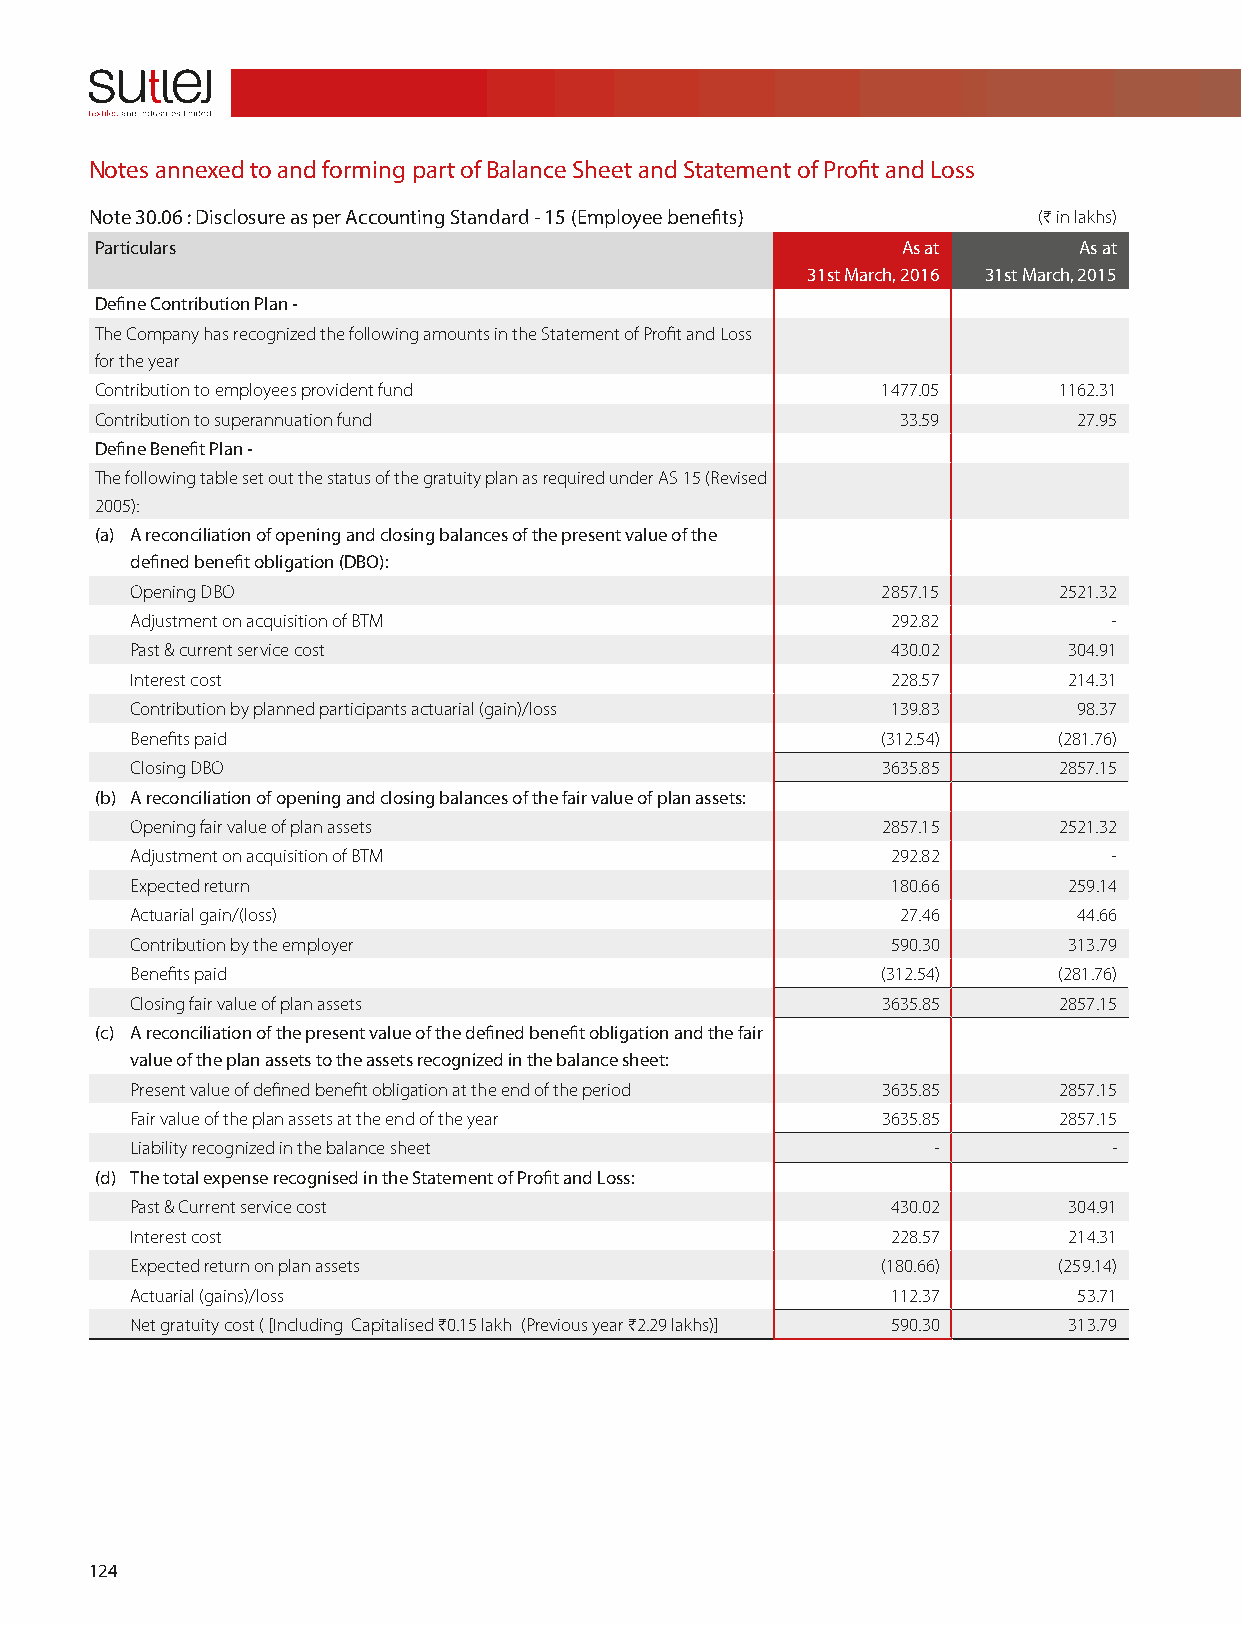
Notes annexed to and forming part of Balance Sheet and Statement of Profit and Loss
 Note 30.06 : Disclosure as per Accounting Standard - 15 (Employee benefits) (H in lakhs)
 Particulars                                           As at      As at
 31st March, 2016 31st March, 2015
 Define Contribution Plan -
 The Company has recognized the following amounts in the Statement of Profit and Loss
 for the year
 Contribution to employees provident fund            1477.05     1162.31
 Contribution to superannuation fund                   33.59      27.95
 Define Benefit Plan -
 The following table set out the status of the gratuity plan as required under AS 15 (Revised
 2005):
 (a) A reconciliation of opening and closing balances of the present value of the
 defined benefit obligation (DBO):
 Opening DBO                                      2857.15     2521.32
 Adjustment on acquisition of BTM                  292.82         -
 Past & current service cost                       430.02      304.91
 Interest cost                                     228.57      214.31
 Contribution by planned participants actuarial (gain)/loss 139.83 98.37
 Benefits paid                                    (312.54)    (281.76)
 Closing DBO                                      3635.85     2857.15
 (b) A reconciliation of opening and closing balances of the fair value of plan assets:
 Opening fair value of plan assets                2857.15     2521.32
 Adjustment on acquisition of BTM                  292.82         -
 Expected return                                   180.66      259.14
 Actuarial gain/(loss)                              27.46      44.66
 Contribution by the employer                      590.30      313.79
 Benefits paid                                    (312.54)    (281.76)
 Closing fair value of plan assets                3635.85     2857.15
 (c) A reconciliation of the present value of the defined benefit obligation and the fair
 value of the plan assets to the assets recognized in the balance sheet:
 Present value of defined benefit obligation at the end of the period 3635.85 2857.15
 Fair value of the plan assets at the end of the year 3635.85 2857.15
 Liability recognized in the balance sheet            -           -
 (d) The total expense recognised in the Statement of Profit and Loss:
 Past & Current service cost                       430.02      304.91
 Interest cost                                     228.57      214.31
 Expected return on plan assets                   (180.66)    (259.14)
 Actuarial (gains)/loss                            112.37      53.71
 Net gratuity cost ( [Including Capitalised H0.15 lakh (Previous year H2.29 lakhs)] 590.30 313.79
 124